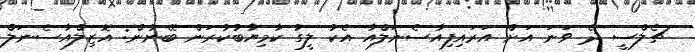
ޗެލްސީ ދެ ވަނަ އަށް އަރައިފިއާސެނަލްއާ އެކު ލީގު ކާމިޔާބުކުރަން ބޭނުން: އޮޒިލްއާސެނަލް